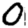
Digit: 0